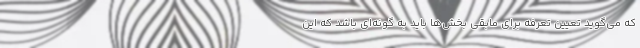
که می‌گوید تعیین تعرفه برای مابقی بخش‌ها باید به گونه‌ای باشد که این